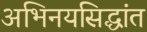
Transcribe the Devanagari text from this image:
अभिनयसिद्धांत